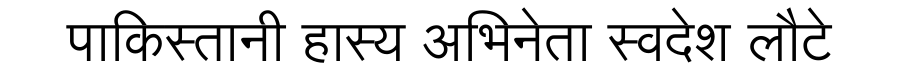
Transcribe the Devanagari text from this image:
पाकिस्तानी हास्य अभिनेता स्वदेश लौटे